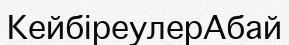
КейбіреулерАбай